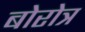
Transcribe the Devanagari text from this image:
बोरोत्र